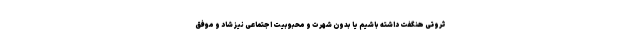
ثروتی هنگفت داشته باشیم یا بدون شهرت و محبوبیت اجتماعی نیز شاد و موفق